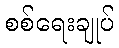
စစ်ရေးချုပ်